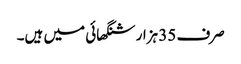
صرف 35 ہزار شنگھائی میں ہیں۔